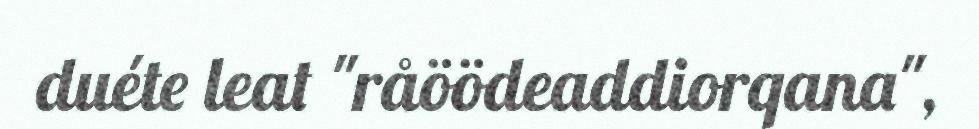
duéte leat "råöödeaddiorqana",